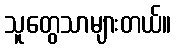
သူတွေသာများတယ်။